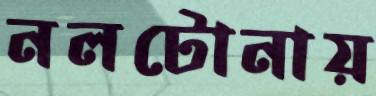
নলটোনায়